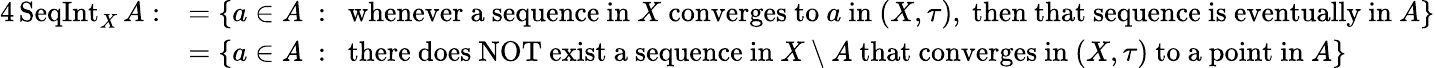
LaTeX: {\begin{array}{rl}{{4}\operatorname{SeqInt}_{X}A:}&{=\{ a\in A~:~{\mathrm{~whenever~a~sequence~in~}}X{\mathrm{~converges~to~}}a{\mathrm{~in~}}(X,\tau),{\mathrm{~then~that~sequence~is~eventually~in~}}A\} }\\ &{=\{ a\in A~:~{\mathrm{~there~does~NOT~exist~a~sequence~in~}}X\setminus A{\mathrm{~that~converges~in~}}(X,\tau){\mathrm{~to~a~point~in~}}A\} }\end{array}}